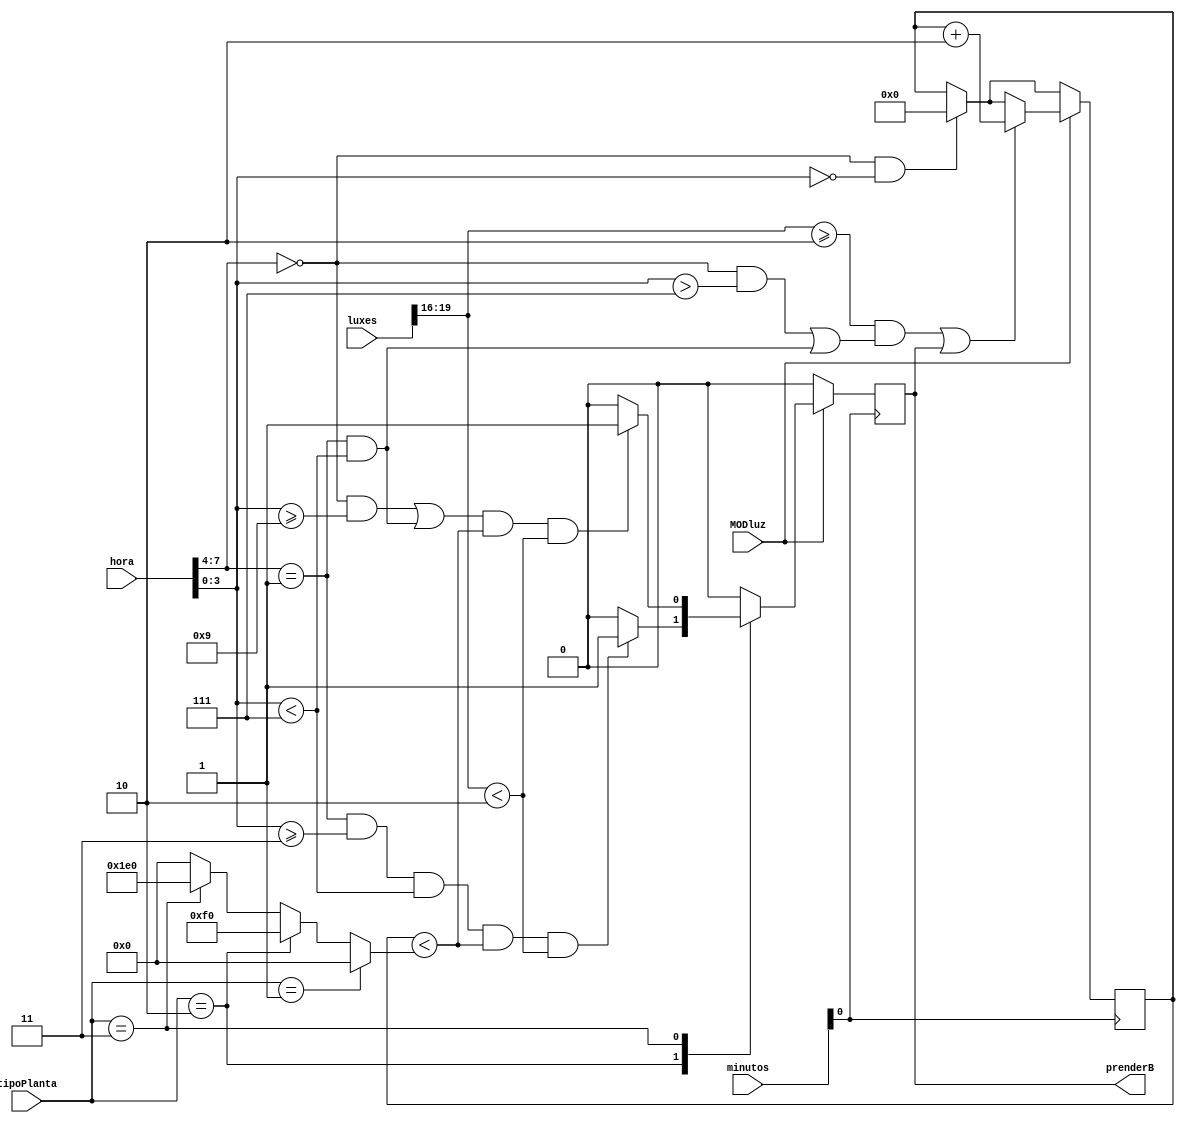
module bombillo(luxes, hora, minutos, tipoPlanta, MODluz, prenderB);
	input wire [19:0] luxes;			// 1 - 65535 lux
	input wire [7:0] hora;				// Hora del da (0 a 23)
	input wire [7:0] minutos;	 		// Minutos (de 0 a 59)
	input wire [3:0] tipoPlanta;			// Seleccin entre Suculenta, Laurel, y Papa
	input wire MODluz;				// Indica si el mdulo de luz esta conectado
	output reg prenderB; 				// Para prender el bombillo

	wire [8:0] tiempoIluminacion;			// Indica el tiempo de iluminacin que requiere segn el tipo de planta
	
	reg [9:0] contMinLuz;				// Cuenta los minutos de luz que ha recibido la planta

	parameter Suculenta = 4'd1;
	parameter Laurel = 4'd2;
	parameter Papa = 4'd3;
	parameter limLuxes = 4'd2; 	 		// Lmite de suficiente luz solar (20.000 lx)

	assign tiempoIluminacion = (tipoPlanta[3:0] == Suculenta) ? 9'd0 :		// Suculenta, tiempo de iluminacin de 0 min
				   ((tipoPlanta[3:0] == Laurel) ? 9'd240 :		// Laurel, tiempo de iluminacin de 240 min (4 horas)
				   ((tipoPlanta[3:0] == Papa) ? 9'd480 : 9'd0));	// Papa, tiempo de iluminacin de 480 min (8 horas)

	initial begin
		prenderB = 1'b0;
		contMinLuz = 10'b0;
	end
	
	always @(posedge minutos[0]) begin
		if(hora[7:4] == 4'b0 && hora[3:0] == 4'b0) begin			// Reset cada que inicia un nuevo da
			prenderB <= 1'b0;
			contMinLuz <= 10'b0;
		end

		if(MODluz) begin						 	// Si el mdulo de luz est conectado
		
			if((luxes[19:16] >= limLuxes && ( (hora[7:4] == 4'd0 && hora[3:0] > 4'd7) ||				// 7 < hora < 17
							  (hora[7:4] == 4'd1 && hora[3:0] < 4'd7) )
			    ) || prenderB) begin
				contMinLuz <= contMinLuz + 10'd2;
			end

			case(tipoPlanta)
				Laurel: begin
					if((hora[7:4] == 4'd1 && hora[3:0] >= 4'd3 && hora[3:0] < 4'd7)				// 13 <= hora < 17
						&& contMinLuz < tiempoIluminacion && luxes[19:16] < limLuxes) begin
						prenderB <= 1'b1;
					end else prenderB <= 1'b0;
				end
				Papa:	begin
					if(( (hora[7:4] == 4'd0 && hora[3:0] >= 4'd9) ||					// 9 <= hora < 17
						  (hora[7:4] == 4'd1 && hora[3:0] < 4'd7) )
						&& contMinLuz < tiempoIluminacion && luxes[19:16] < limLuxes) begin
						prenderB <= 1'b1;
					end else prenderB <= 1'b0;
				end
				default: prenderB <= 1'b0;
			endcase
			
		end else prenderB <= 1'b0;
				
	end

endmodule